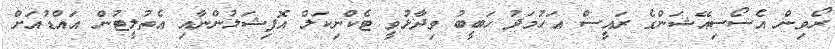
ރޯވިން އެސޯސިއޭޝަންގެ ރައީސް އަހުމަދު ހަބީބު ވިދާޅުވީ ޓެކްނިކަލް އޮފިޝަލުންނާއި އެތުލީޓުން އައްޑުއަށް